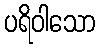
ပရိဝါသော